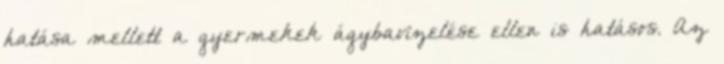
hatása mellett a gyermekek ágybavizelése ellen is hatásos. Az